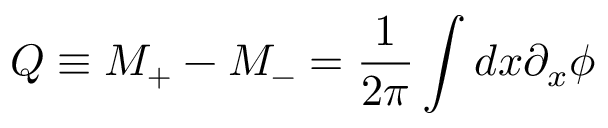
Q \equiv M _ { + } - M _ { - } = \frac { 1 } { 2 \pi } \int d x \partial _ { x } \phi